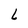
Character: L